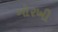
ગોરખી